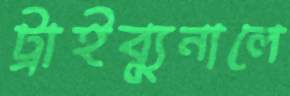
ট্রাইব্যুনালে